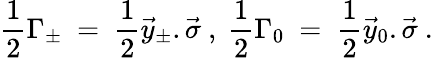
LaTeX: \frac{1}{2}\Gamma_{\pm}\ =\ \frac{1}{2}\vec{y}_{\pm}.\vec{\sigma}\ ,\ \frac{1}{2}\Gamma_{0}\ =\ \frac{1}{2}\vec{y}_{0}.\vec{\sigma}\ .